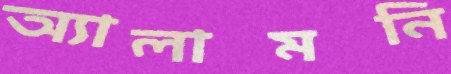
অ্যালামনি